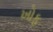
ખોફ